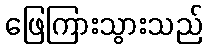
ဖြေကြားသွားသည်